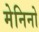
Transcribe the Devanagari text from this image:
मेनिनो